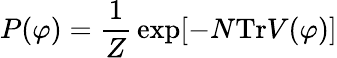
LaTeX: P(\varphi)={\frac{1}{Z}}\exp[-N\mathrm{Tr}V(\varphi)]